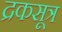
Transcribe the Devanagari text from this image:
द्रकसूत्र